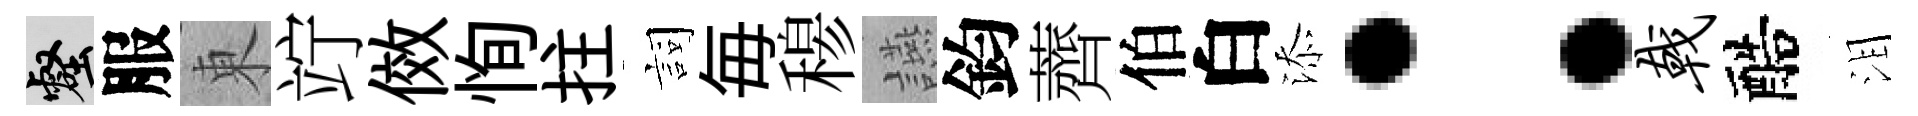
壑服東竚傚恂拄詞毎𥠇讌鈞薺伯白添：戟醅泪